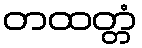
တထတ္တံ